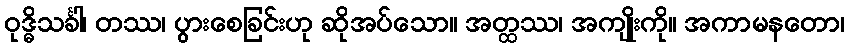
ဝုဒ္ဓိသင်္ခါ၊ တဿ၊ ပွားစေခြင်းဟု ဆိုအပ်သော။ အတ္ထဿ၊ အကျိုးကို။ အကာမနတော၊